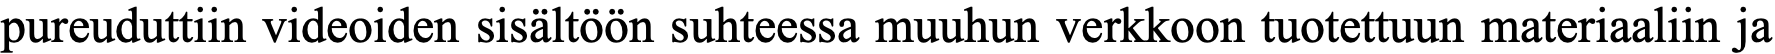
pureuduttiin videoiden sisältöön suhteessa muuhun verkkoon tuotettuun materiaaliin ja